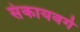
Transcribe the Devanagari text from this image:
संकायवर्ग